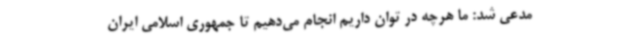
مدعی شد: ما هرچه در توان داریم انجام می‌دهیم تا جمهوری اسلامی ایران